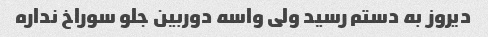
دیروز به دستم رسید ولی واسه دوربین جلو سوراخ نداره